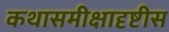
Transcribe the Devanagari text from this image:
कथासमीक्षादृष्टीस